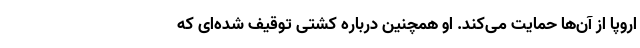
اروپا از آن‌ها حمایت می‌کند. او همچنین درباره کشتی توقیف شده‌ای که